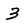
Character: 3